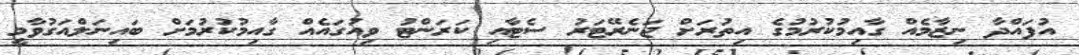
އުފައްދާ ނިޒާމެއް ގާއިމުކުރުމުގެ އިތުރަށް ޖަނެރޭޓަރު ސެޓާއި ކަރަންޓު ވިއުގައެއް ގާއިމުކުރުމަށް ބައިނަލްއަގުވާމީ